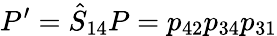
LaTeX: P^{\prime}=\hat{S}_{14}P=p_{42}p_{34}p_{31}